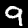
Label: 9